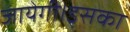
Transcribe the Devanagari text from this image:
जायेगी।इसका